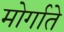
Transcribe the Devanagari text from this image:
मोर्गाते